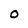
Character: O